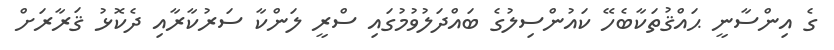
ގެ އިންސާނީ ޙައްޤުތަކާބެހޭ ކައުންސިލުގެ ބައްދަލުވުމުގައި ސްރީ ލަންކާ ސަރުކާރާއި ދެކޮޅު ޤަރާރަށް